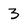
Character: 3